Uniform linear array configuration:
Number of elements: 12
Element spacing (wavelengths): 1
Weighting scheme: exponential
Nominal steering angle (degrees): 30
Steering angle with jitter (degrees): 31.225
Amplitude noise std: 0.05
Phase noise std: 0.05

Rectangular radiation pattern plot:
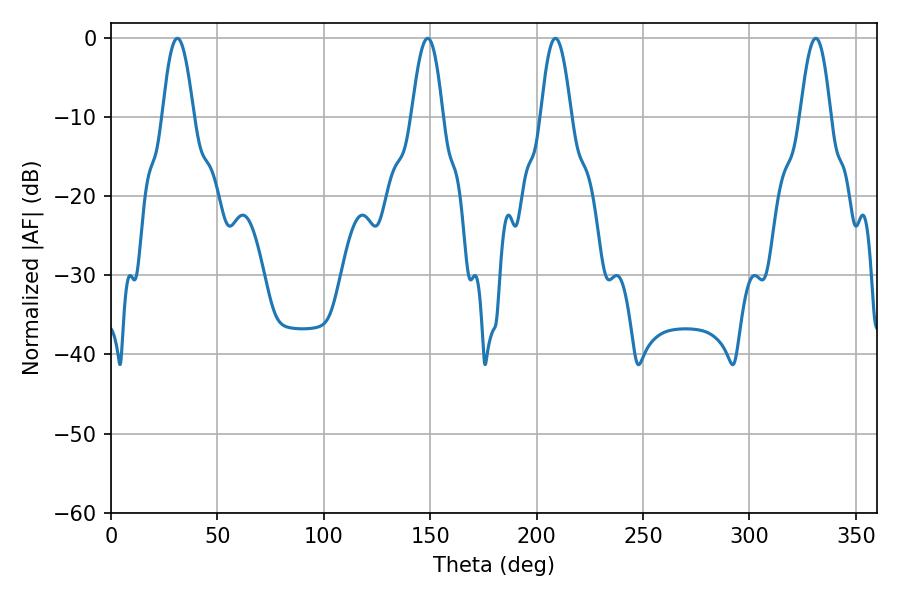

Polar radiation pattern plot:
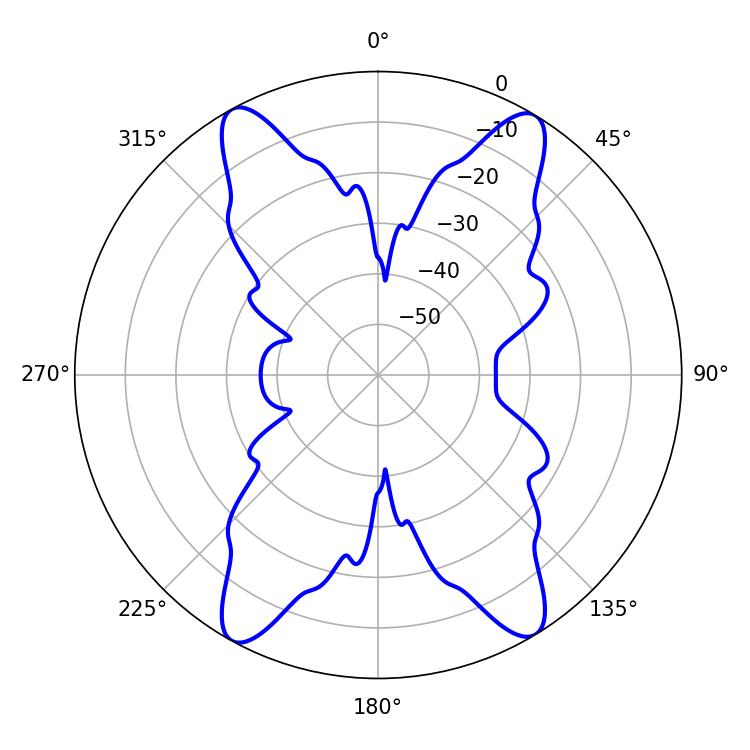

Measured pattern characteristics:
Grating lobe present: TRUE
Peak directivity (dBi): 20.447
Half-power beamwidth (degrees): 7.74
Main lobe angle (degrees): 208.8